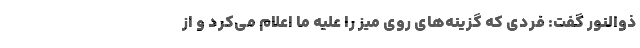
ذوالنور گفت: فردی که گزینه‌های روی میز را علیه ما اعلام می‌کرد و از